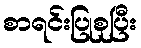
စာရင်းပြုစုပြီး